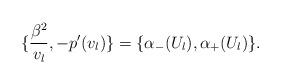
LaTeX: \begin{align*}\{\frac{\beta^2}{v_l}, -p^{\prime}(v_l)\} = \{\alpha_{-} (U_l), \alpha_+(U_l)\}.\end{align*}